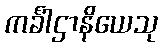
ကင်္ခါဌာနိယေသု